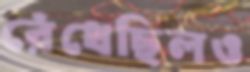
রেঁধেছিলও